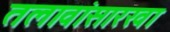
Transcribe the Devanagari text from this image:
तलावांसारखा